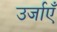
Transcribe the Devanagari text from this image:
उर्जाएँ